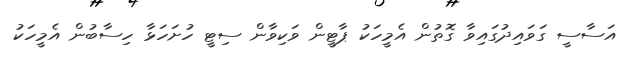
އަސާސީ ގަވައިދުގައިވާ ގޮތުން އެމީހަކު ޕާޓީން ވަކިވާން ސިޓީ ހުށަހަޅާ ހިސާބުން އެމީހަކު